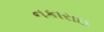
નકારાઇ